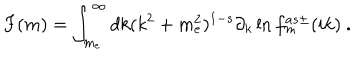
F ( m ) = \int _ { m _ { e } } ^ { \infty } d k ( k ^ { 2 } + m _ { e } ^ { 2 } ) ^ { 1 - s } \partial _ { k } \ln f _ { m } ^ { a s \pm } ( i k ) \ .